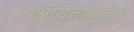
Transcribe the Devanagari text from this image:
आयताकृतीच